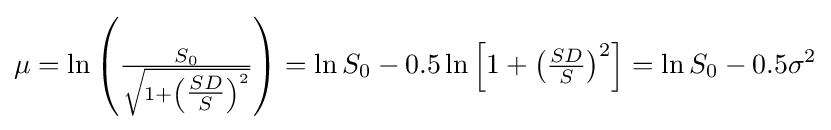
\mu =\ln \left({\tfrac {S_{0}}{\sqrt {1+\left({\tfrac {SD}{S}}\right)^{2}}}}\right)=\ln S_{0}-0.5\ln \left[1+\left({\tfrac {SD}{S}}\right)^{2}\right]=\ln S_{0}-0.5\sigma ^{2}